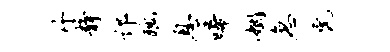
丹静邙丑息唏姻急虎